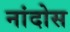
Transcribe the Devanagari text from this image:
नांदोस